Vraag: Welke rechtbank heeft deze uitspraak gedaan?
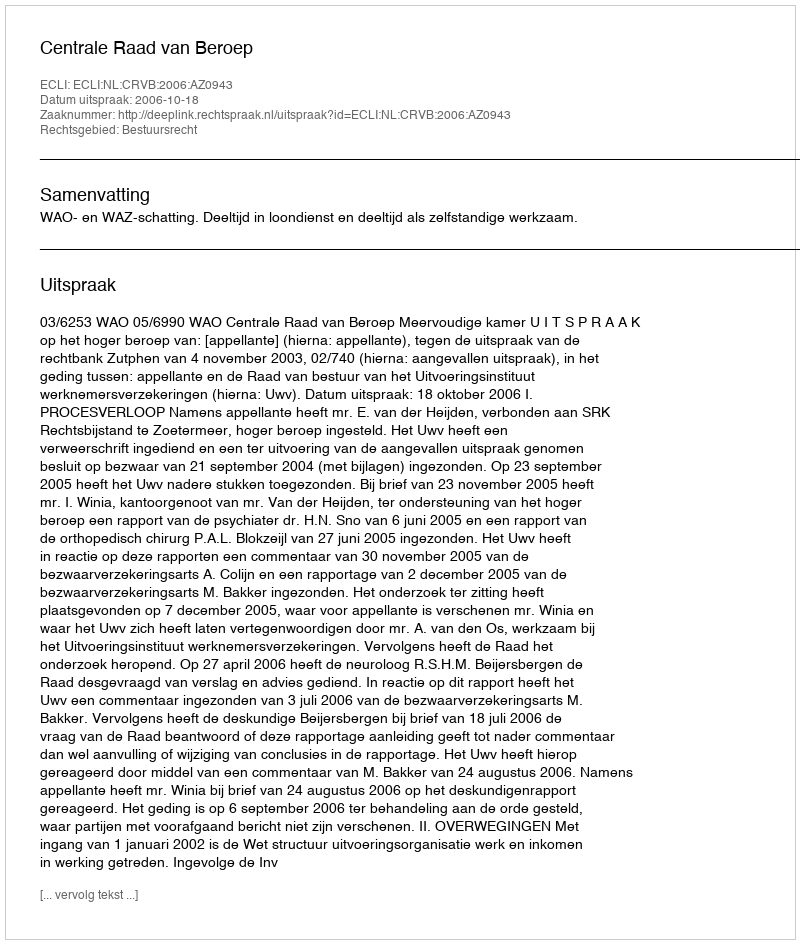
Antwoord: Centrale Raad van Beroep